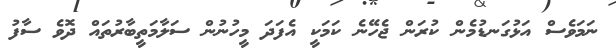
ނަމަވެސް އަޅުގަނޑުމެން ކުރަން ޖެހޭނެ ކަމަކީ އެފަދަ މީހުނުން ސަލާމަތީބާރުތައް ދޮވެ ސާފު